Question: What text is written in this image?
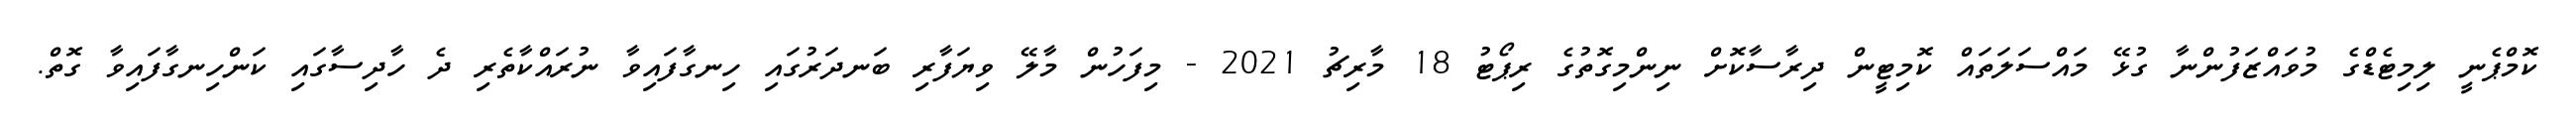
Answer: ކޮމްޕެނީ ލިމިޓެޑްގެ މުވައްޒަފުންނާ ގުޅޭ މައްސަލަތައް ކޮމިޓީން ދިރާސާކޮށް ނިންމިގޮތުގެ ރިޕޯޓު 18 މާރިޗު 2021 - މިފަހުން މާލޭ ވިޔަފާރި ބަނދަރުގައި ހިނގާފައިވާ ނުރައްކާތެރި ދެ ހާދިސާގައި ކަންހިނގާފައިވާ ގޮތް.